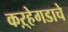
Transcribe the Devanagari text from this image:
कऱ्हेगडाचे